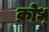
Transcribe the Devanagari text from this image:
क्रोध्